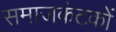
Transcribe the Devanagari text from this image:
समाजकंटकों